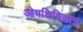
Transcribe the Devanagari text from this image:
ओषधिविज्ञान